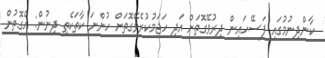
ކާންދިނުމުގައި ފަސޭހައިން ދިރުވޭގޮތަށް އަދި ހަޖަމުކުރެވޭގޮތަށް ހުންނަ ކާތަކެތި ދިނުން: އެގޮތުން